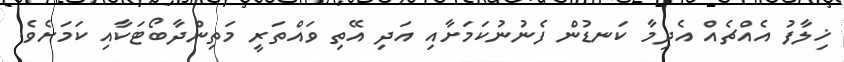
ޚިލާފު އެއްޗެއް އެދިމާ ކަނޑުން ފެނުނުކަމަށާއި އަދި އޭތި ވައްތަރީ މަތިންދާބޯޓަކާއި ކަމަށެވެ.